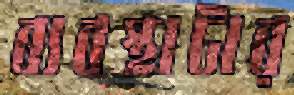
ব্যবস্থাটার